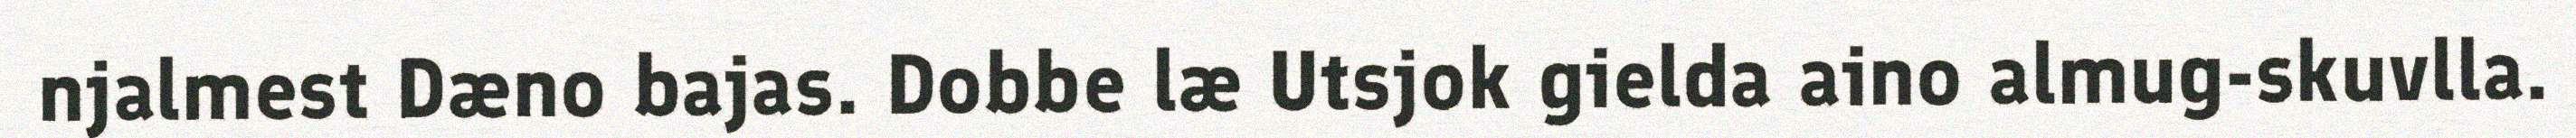
njalmest Dæno bajas. Dobbe læ Utsjok gielda aino almug-skuvlla.